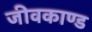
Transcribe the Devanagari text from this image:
जीवकाण्ड